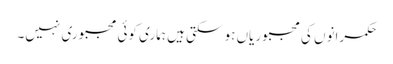
حکمرانوں کی مجبوریاں ہو سکتی ہیں ہماری کوئی مجبوری نہیں۔